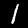
Label: 1